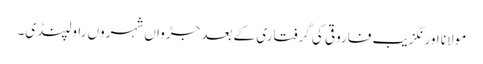
مولانا اورنگزیب فاروقی کی گرفتاری کے بعد جڑواں شہروں راولپنڈی۔